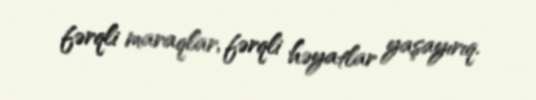
fərqli maraqlar, fərqli həyatlar yaşayırıq.